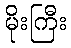
မိုးကြီး